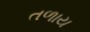
તળાય